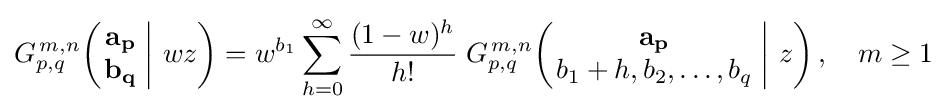
G_{p,q}^{\,m,n}\!\left(\left.{\begin{matrix}\mathbf {a_{p}} \\\mathbf {b_{q}} \end{matrix}}\;\right|\,wz\right)=w^{b_{1}}\sum _{h=0}^{\infty }{\frac {(1-w)^{h}}{h!}}\;G_{p,q}^{\,m,n}\!\left(\left.{\begin{matrix}\mathbf {a_{p}} \\b_{1}+h,b_{2},\dots ,b_{q}\end{matrix}}\;\right|\,z\right),\quad m\geq 1